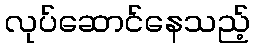
လုပ်ဆောင်နေသည့်